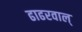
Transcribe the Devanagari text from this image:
ढाढरवाल्